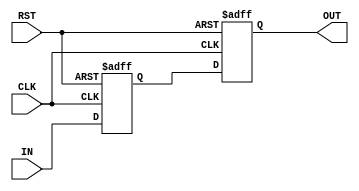
`timescale 1ns / 1ps
//////////////////////////////////////////////////////////////////////////////////
// Company: 
// Engineer: 
// 
// Design Name: 
// Module Name: META_STABLE
// Project Name: 
// Target Devices: 
// Tool Versions: 
// Description: 
// 
// Dependencies: 
// 
// Revision:
// Revision 0.01 - File Created
// Additional Comments:
// 
//////////////////////////////////////////////////////////////////////////////////


module META_STABLE #(
    parameter INIT  = 1'b0      , // 
    parameter WIDTH = 1           // 
  ) (
    input  wire CLK             , // 
    input  wire RST             , // 
    input  wire [WIDTH-1:0]  IN , // 
    output wire [WIDTH-1:0]  OUT  // 
  );
  
//====================================================================================
// reg
//====================================================================================
  
  reg [WIDTH-1:0] ms;
  reg [WIDTH-1:0] ms_d;
  
//************************************************************************************
// main
//************************************************************************************
  
  always @(posedge CLK or posedge RST) begin
    if (RST) begin
      ms   <= {WIDTH{INIT}};
      ms_d <= {WIDTH{INIT}};
    end else begin
      ms   <= IN ;
      ms_d <= ms;
    end
  end
  
//====================================================================================
// output
//====================================================================================
  
  assign OUT = ms_d;
  
endmodule